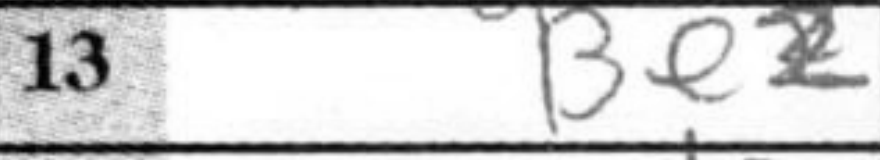
Transcription: Be2